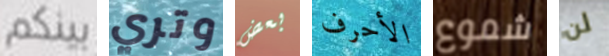
بينكم وتري بعض الأحرف شموع لن